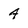
Character: A